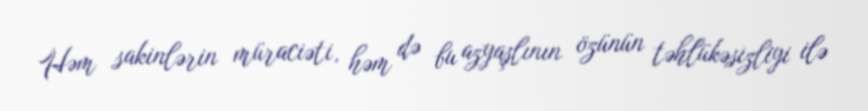
Həm sakinlərin müraciəti, həm də bu azyaşlının özünün təhlükəsizliyi ilə